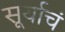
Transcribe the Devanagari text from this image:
सूर्याचं